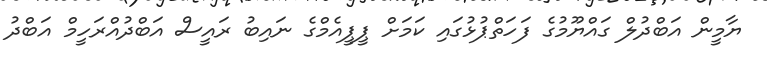
ޔާމީން އަބްދުލް ގައްޔޫމުގެ ފަހަތްޕުޅުގައި ކަމަށް ޕީޕީއެމްގެ ނައިބު ރައީސް އަބްދުއްރަހީމް އަބްދު